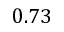
0 . 7 3